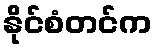
နိုင်စံတင်က